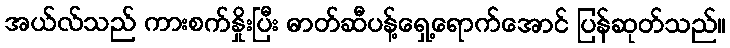
အယ်လ်သည် ကားစက်နှိုးပြီး ဓာတ်ဆီပန့်ရှေ့ရောက်အောင် ပြန်ဆုတ်သည်။